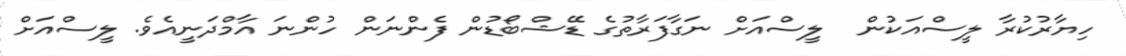
ހިޔާރުކުރާ ލީސްއަކުން  ލީސްއަށް ނަގާފަރާތުގެ ޑޭޝްބޯޑުން ފެންނަން ހުންނަ އާމްދަނީއެވެ. ލީސްއަށް